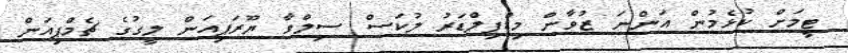
ޓީމަށް ކުޅެމުން އަންނަ ޒުވާން މިޑްފިލްޑަރު ލުކަސް ސިލްވާ ޔޫރަޕިއަން ލީގުގެ ޗެމްޕިއަން